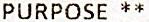
PURPOSE **